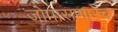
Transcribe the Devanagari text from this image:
जोपासणारेच